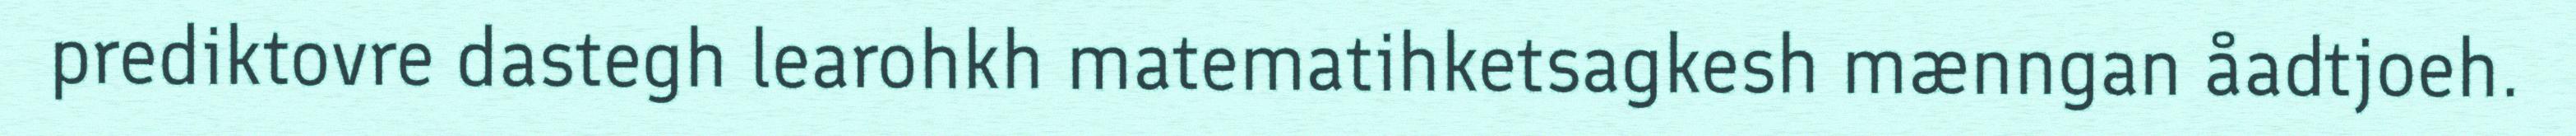
prediktovre dastegh learohkh matematihketsagkesh mænngan åadtjoeh.